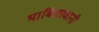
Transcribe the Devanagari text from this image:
भाबिशावानी